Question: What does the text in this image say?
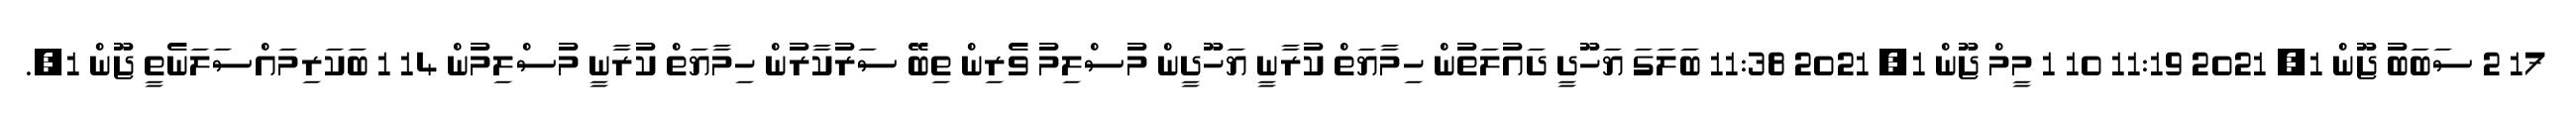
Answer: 17 2 ސަބަބު ޖޫން 1, 2021 11:19 10 1 މީމް ޖޫން 1, 2021 11:38 ބަލަގަ ޔަހޫދީ ދައުލަތުން ހިމާޔަތް ކުރާނީ ޔަހޫދީން މުސްލިމު ވެރިން ތިބޭ ސަރުކާރުން ހިމާޔަތް ކުރާނީ މުސްލިމުން 14 1 ބަކަރިމައްސަލަނެތީ ޖޫން 1,.